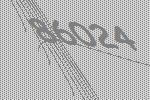
86024